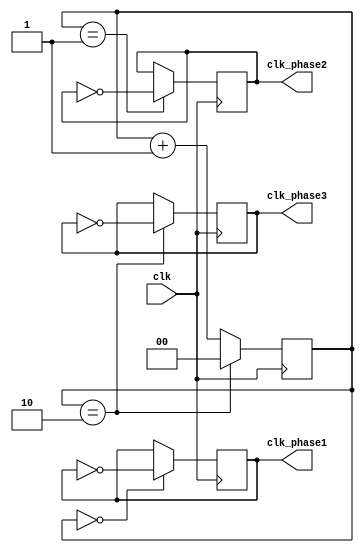
module multi_phase_clk_divider (
    input wire clk,
    output reg clk_phase1,
    output reg clk_phase2,
    output reg clk_phase3
);

reg [1:0] count;

always @(posedge clk) begin
    count <= count + 1;
    
    if(count == 2'b00) begin
        clk_phase1 <= ~clk_phase1;
    end
    if(count == 2'b01) begin
        clk_phase2 <= ~clk_phase2;
    end
    if(count == 2'b10) begin
        clk_phase3 <= ~clk_phase3;
        count <= 0;
    end
end

endmodule